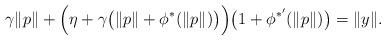
LaTeX: \begin{align*}\gamma\|p\|+\Big(\eta+\gamma\big(\|p\|+\phi^*(\|p\|)\big)\Big)\big(1+\phi^{*'}(\|p\|)\big)=\|y\|.\end{align*}